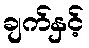
ချက်နှင့်